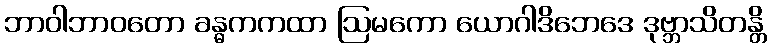
ဘာဝါဘာဝတော ခန္ဓကကထာ ဩမကော ယောဂါဒိဘေဒေ ဒုဗ္ဘာသိတန္တိ